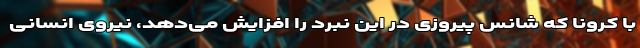
با کرونا که شانس پیروزی در این نبرد را افزایش می‌دهد، نیروی انسانی